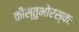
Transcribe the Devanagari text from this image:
कौस्तुभोरस्कः